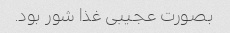
بصورت عجیبی غذا شور بود.